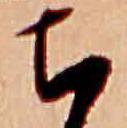
ち